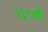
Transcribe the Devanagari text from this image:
१६१४थी